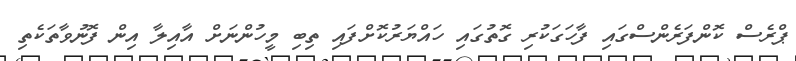
ޕްރެސް ކޮންފަރެންސްގައި ފާހަގަކުރި ގޮތުގައި ހައްޔަރުކޮށްފައި ތިބި މީހުންނަށް އާއިލާ އިން ފޮނުވާތަކެތި